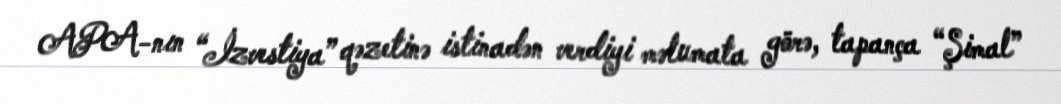
APA-nın “İzvestiya” qəzetinə istinadən verdiyi məlumata görə, tapança “Şimal”